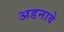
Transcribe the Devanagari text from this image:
अडनावे